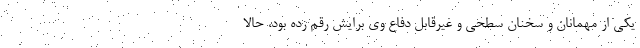
یکی از مهمانان و سخنان سطحی و غیرقابل دفاع وی برایش رقم زده بود، حالا